Civil Veterinary Department. Madras. Admin. report 1926-33 - 1926-1933
Year: 1926
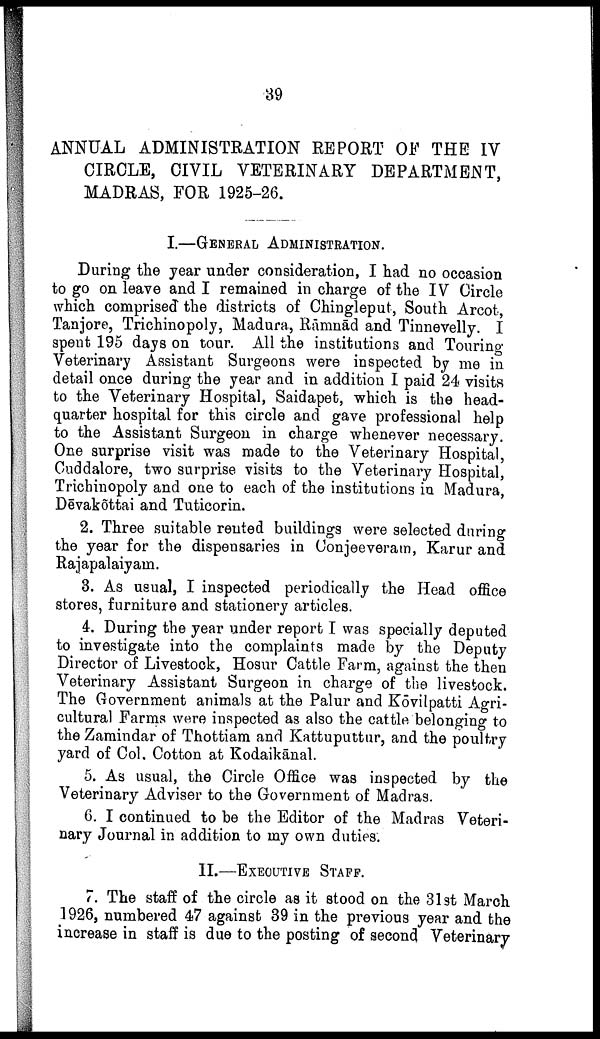
39
ANNUAL ADMINISTRATION REPORT OF THE IV
CIRCLE, CIVIL VETERINARY DEPARTMENT,
MADRAS, FOR 1925-26.
I.—GENERAL ADMINISTRATION.
During the year under consideration, I had no occasion
to go on leave and I remained in charge of the IV Circle
which comprised the districts of Chingleput, South Arcot,
Tanjore, Trichinopoly, Madura, Rāmnād and Tinnevelly. I
spent 195 days on tour. All the institutions and Touring
Veterinary Assistant Surgeons were inspected by me in
detail once during the year and in addition I paid 24 visits
to the Veterinary Hospital, Saidapet, which is the head
quarter hospital for this circle and gave professional help
to the Assistant Surgeon in charge whenever necessary.
One surprise visit was made to the Veterinary Hospital,
Cuddalore, two surprise visits to the Veterinary Hospital,
Trichinopoly and one to each of the institutions in Madura,
Dēvakōttai and Tuticorin.
2. Three suitable rented buildings were selected during
the year for the dispensaries in Conjeeveram, Karur and
Rajapalaiyam.
3. As usual, I inspected periodically the Head office
stores, furniture and stationery articles.
4. During the year under report I was specially deputed
to investigate into the complaints made by the Deputy
Director of Livestock, Hosur Cattle Farm, against the then
Veterinary Assistant Surgeon in charge of the livestock.
The Government animals at the Palur and Kōvilpatti Agri
cultural Farms were inspected as also the cattle belonging to
the Zamindar of Thottiam and Kattuputtur, and the poultry
yard of Col. Cotton at Rodaikānal.
5. As usual, the Circle Office was inspected by the
Veterinary Adviser to the Government of Madras.
6. I continued to be the Editor of the Madras Veteri
nary Journal in addition to my own duties.
II.—EXECUTIVE STAFF.
7. The staff of the circle as it stood on the 31st March
1926, numbered 47 against 39 in the previous year and the
increase in staff is due to the posting of second Veterinary